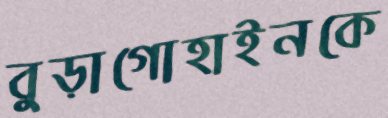
বুড়াগোহাইনকে